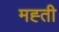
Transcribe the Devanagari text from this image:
मह्ती